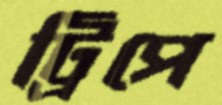
ট্রিপে